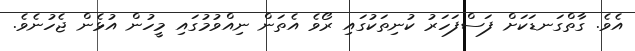
އެވެ. ގާތްގަނޑަކަށް ފަސްފަހަރު ކުނިތަކުގައި ރޯވެ އެތަން ނިއްވުމުގައި މީހުން އުޅެން ޖެހުނެވެ.